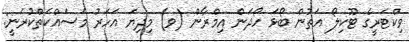
ވިކްޓަރީގެ ޓޫކިލޯ އަތުން ބޯޅަ ހޯދަން އިމްރާން (ވ) މިދިޔަ އަހަރު މަސައްކަތްކުރަނީ: